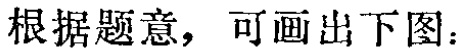
根据题意，可画出下图：